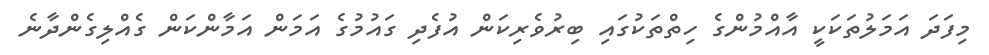
މިފަދަ އަމަލުތަކަކީ އާއްމުންގެ ހިތްތަކުގައި ބިރުވެރިކަން އުފެދި ގައުމުގެ އަމަން އަމާންކަން ގެއްލިގެންދާނެ